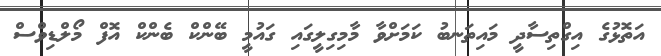
އަތޮޅުގެ އިގްތިސާދީ މައިތަނބު ކަމަށްވާ މާމިގިލީގައި ގައުމީ ބޭންކް ބެންކް އޮފް މޯލްޑިވްސް